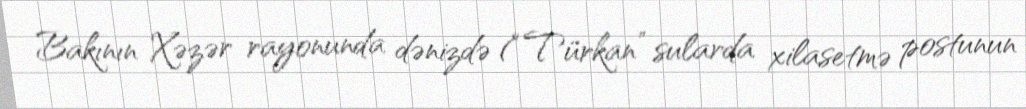
Bakının Xəzər rayonunda dənizdə (“Türkan” sularda xilasetmə postunun